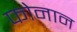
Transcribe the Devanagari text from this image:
फोनान